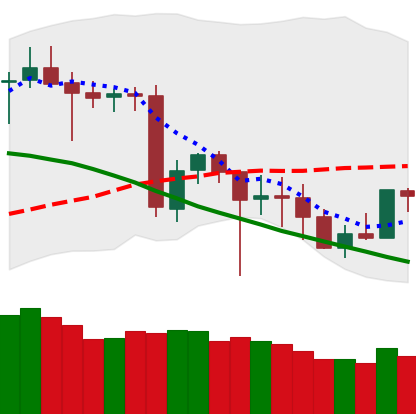
Ticker: BNB-USD
Chart end date: 2020-06-23
Forward return: -6.104%
Label: down_5_7